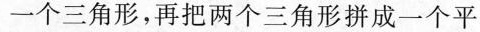
一个三角形，再把两个三角形拼成一个平